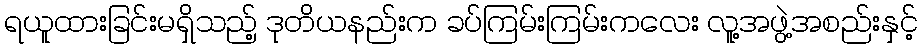
ရယူထားခြင်းမရှိသည့် ဒုတိယနည်းက ခပ်ကြမ်းကြမ်းကလေး လူ့အဖွဲ့အစည်းနှင့်